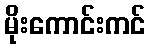
မိုးကောင်းကင်